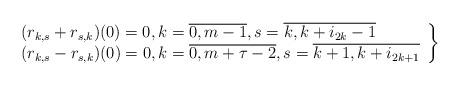
LaTeX: \begin{align*} \left.\begin{array}{l} (r_{k,s} + r_{s,k})(0) = 0, k = \overline{0, m-1}, s = \overline{k, k + i_{2k} - 1} \\ (r_{k,s} - r_{s,k})(0) = 0, k = \overline{0, m + \tau - 2}, s = \overline{k + 1, k + i_{2k+1}}\end{array}\right\}\end{align*}